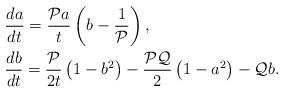
LaTeX: \begin{align*} &\frac{da}{dt}=\frac{\mathcal{P}a}{t}\left(b-\frac{1}{\mathcal{P}}\right),\\ &\frac{db}{dt}=\frac{\mathcal{P}}{2t}\left(1-b^2\right)-\frac{\mathcal{P}\mathcal{Q}}{2}\left(1-a^2\right)-\mathcal{Q}b.\end{align*}